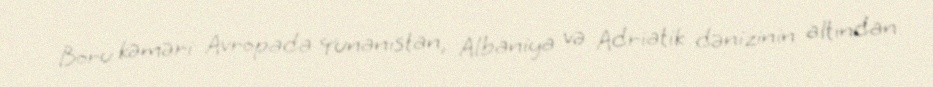
Boru kəməri Avropada Yunanıstan, Albaniya və Adriatik dənizinin altından